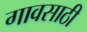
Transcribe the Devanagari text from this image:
गावसाठी